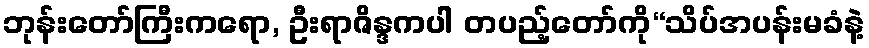
ဘုန်းတော်ကြီးကရော, ဦးရာဇိန္ဒကပါ တပည့်တော်ကို“သိပ်အပန်းမခံနဲ့